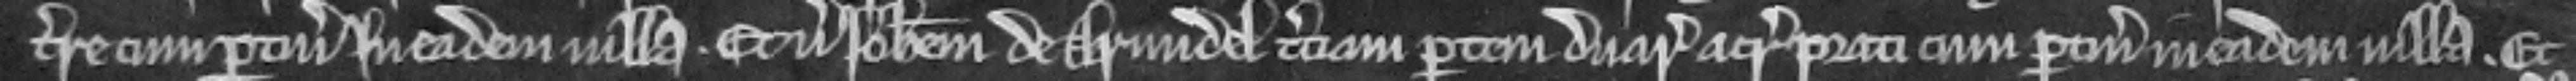
terre cum pertinenciis in eadem villa. Et versus Johannem de Arundel terciam partem duarum acrarum prati cum pertinenciis in eadem villa. Et